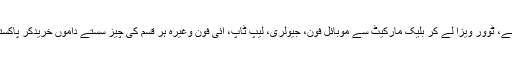
یار لوگ جن کو دبئی کے رموز سے بخوبی واقفیت ہے، ٹوور ویزا لے کر بلیک مارکیٹ سے موبائل فون، جیولری، لیپ ٹاپ، آئی فون وغیرہ ہر قسم کی چیز سستے داموں خریدکر پاکستان واپس آجاتے ہیں اور یہاں لوگوں کو الو بناتے ہیں۔